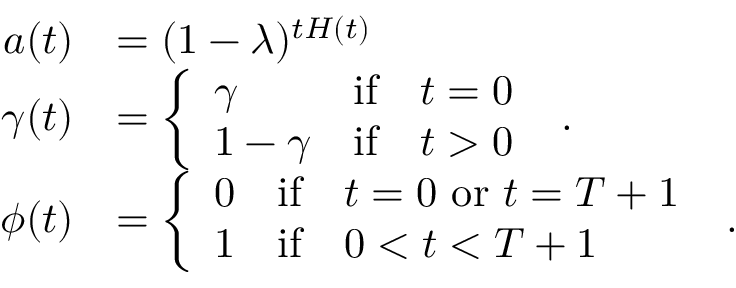
\begin{array} { r } { \begin{array} { r l } { a ( t ) } & { = ( 1 - \lambda ) ^ { t H ( t ) } } \\ { \gamma ( t ) } & { = \left\{ \begin{array} { l l } { \gamma } & { \mathrm { i f } \quad t = 0 } \\ { 1 - \gamma } & { \mathrm { i f } \quad t > 0 } \end{array} \right. \ . } \\ { \phi ( t ) } & { = \left\{ \begin{array} { l l } { 0 } & { \mathrm { i f } \quad t = 0 \ \mathrm { o r } \ t = T + 1 } \\ { 1 } & { \mathrm { i f } \quad 0 < t < T + 1 } \end{array} \right. \ . } \end{array} } \end{array}